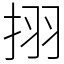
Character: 挧